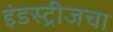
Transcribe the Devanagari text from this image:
इंडस्ट्रीजचा